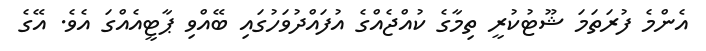
އެންމެ ފުރަތަމަ ޝޫޓުކުރީ ތިމާގެ ކުއްޖެއްގެ އުފައްދުވަހުގައި ބޭއްވި ޕާޓީއެއްގަ އެވެ. އޭގެ